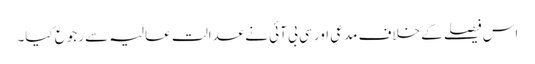
اس فیصلے کے خلاف مدعی اور سی بی آئی نے عدالت عالیہ سے رجوع کیا۔